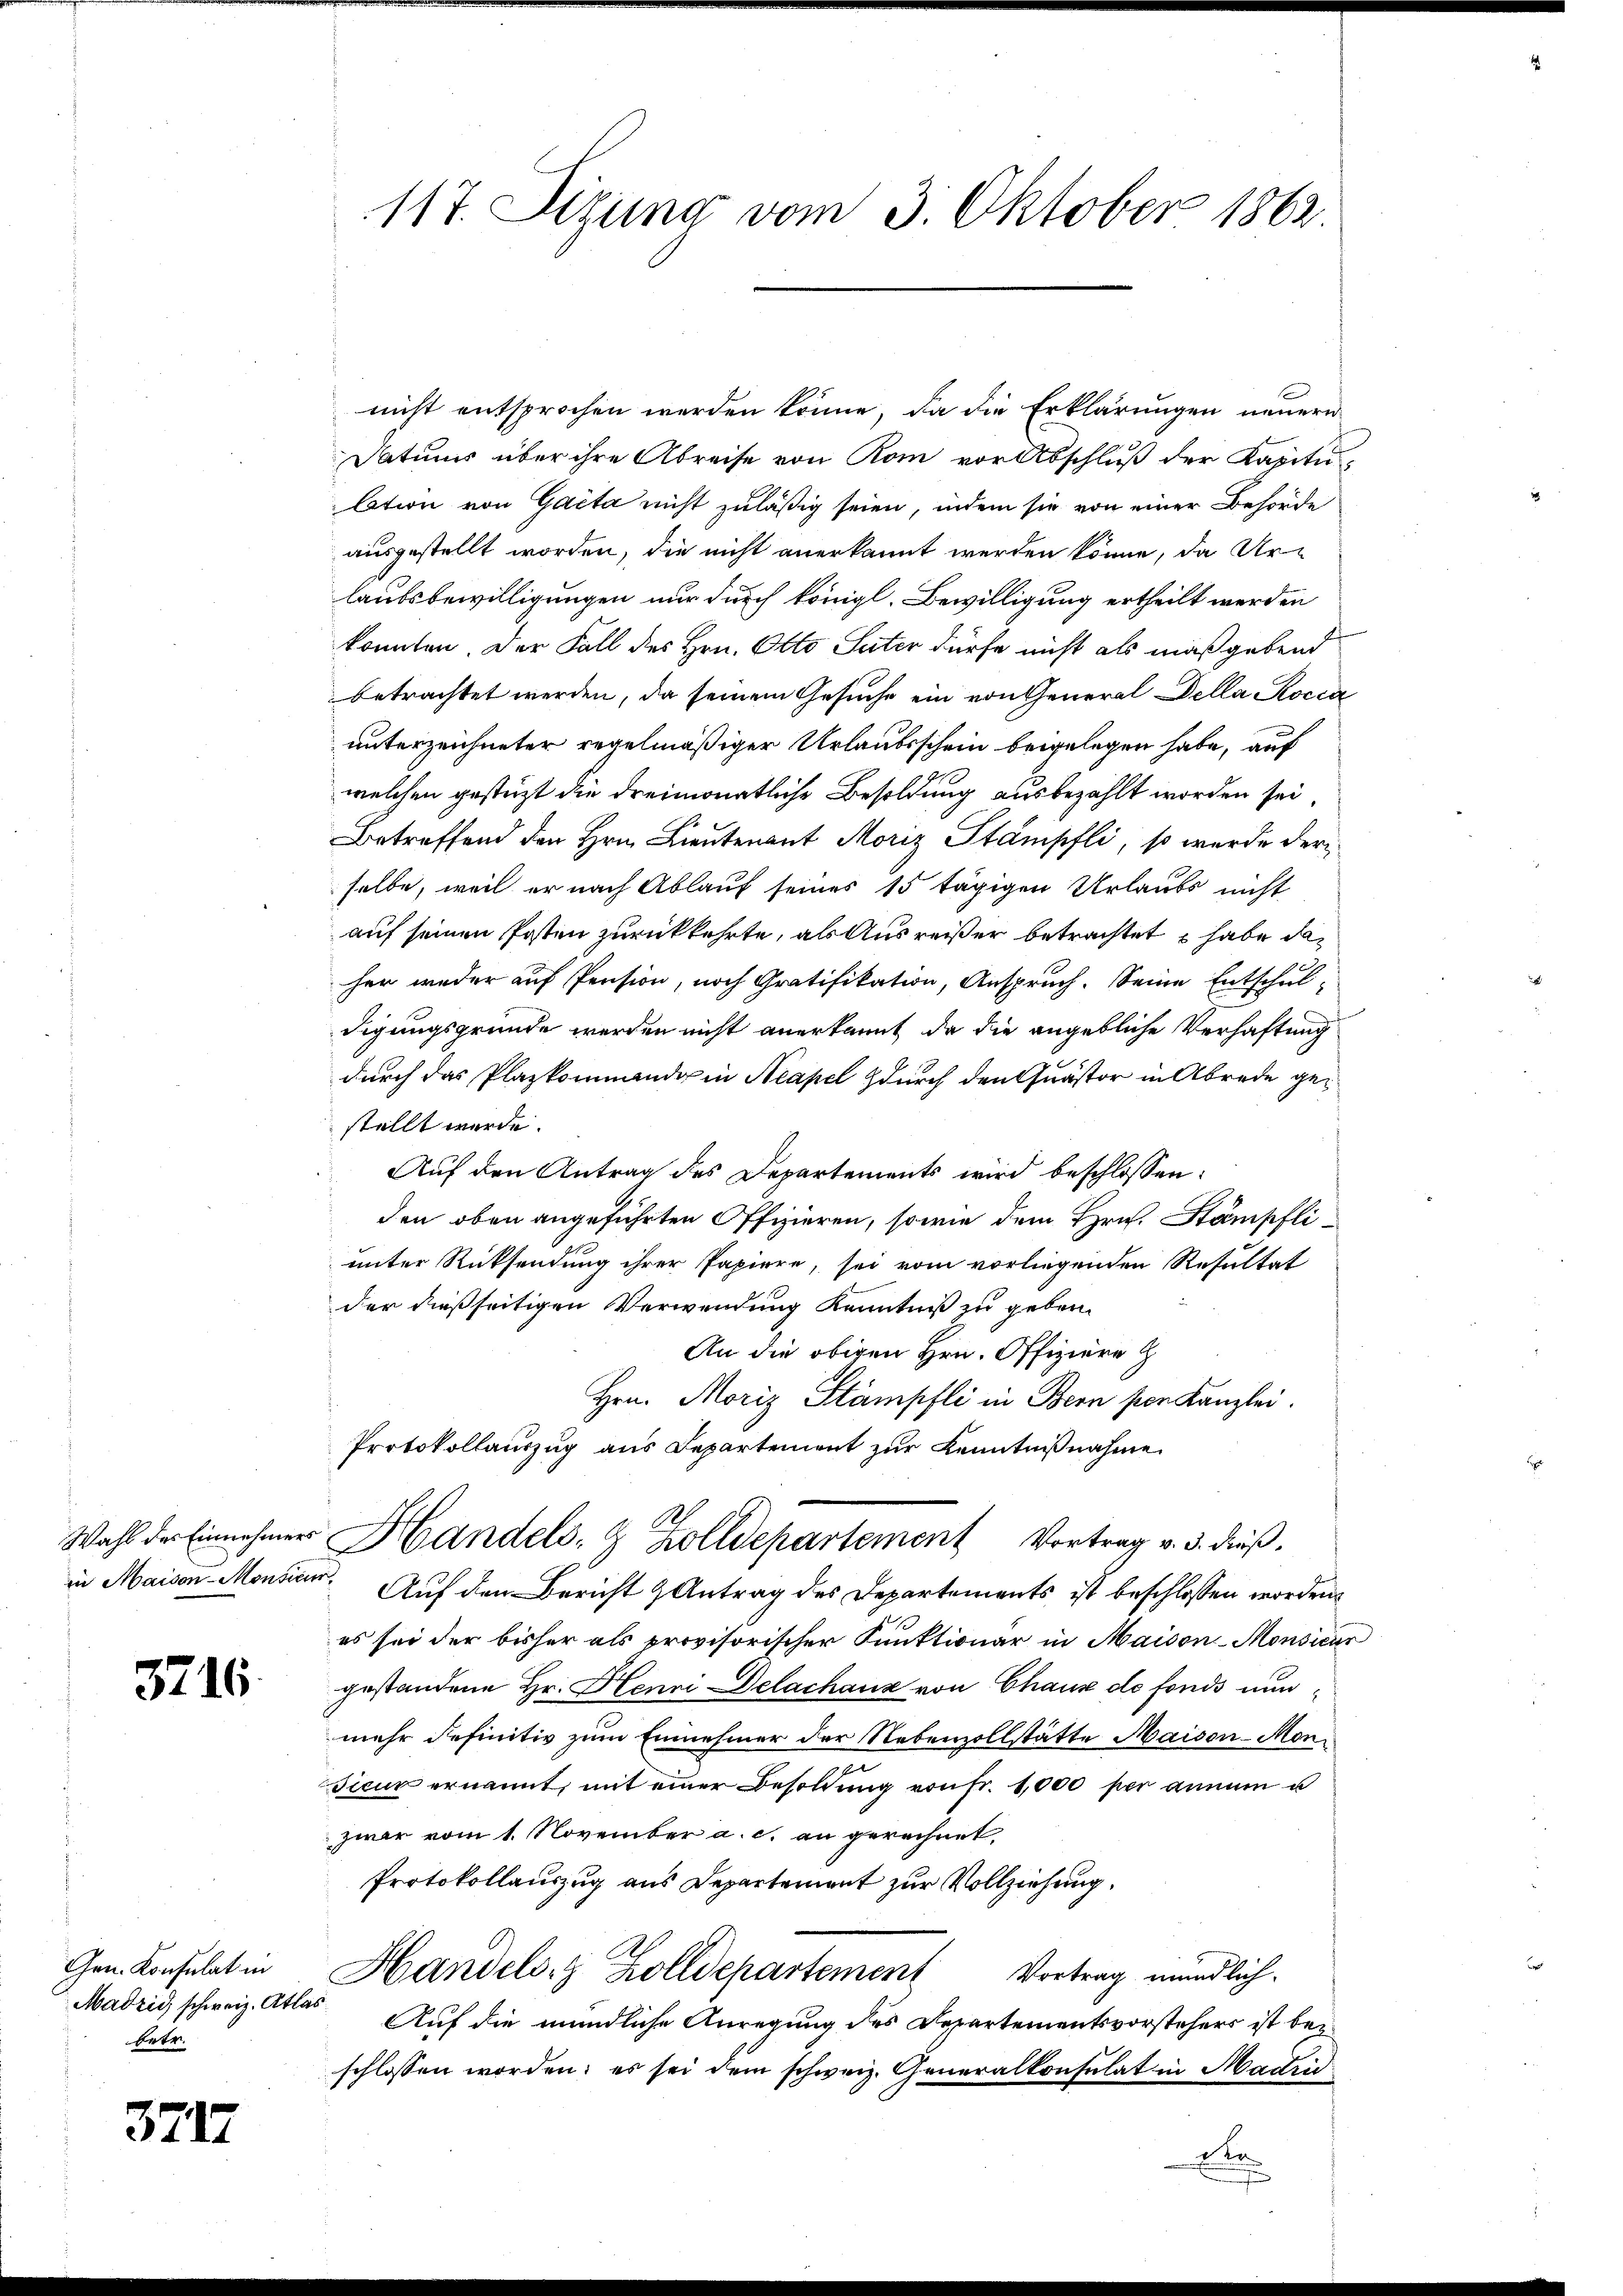
3716.

Gen. Konsulat in
Madrid schweiz. Atlas
betr.

371

nicht entsprochen werden könne, da die Erklärungen neuern
Datums über ihre Abreise von Rom vor Abschluß der Kapitu¬
Ation von Gacta nicht zuläßig seien, indem sie von einer Behörde
ausgestellt worden, die nicht anerkannt werden könne, da Ur-
laubsbewilligungen nur durch königl. Bewilligung ertheilt werden
konnten. Der Fall des Hrn. Otto Seiter dürfe nicht als maßgebend
betrachtet werden, da seinem Gesuche ein von General Della Rocca
unterzeichneter regelmäßiger Urlaubsschein beigelegen habe, auf
welchen gestüzt die dreimonatliche Besoldung ausbezahlt worden sei,
Betreffend den Hrn. Lieutenant Moriz Stampfli, so wurde derselbe, weil er nach Ablauf seines 15 tägigen Urlaubs nicht
auf seinen Posten zurückkehrte, als Ausreißer betrachtet habe daher weder auf Pension, noch Gratifikation, Anspruch. Seine Entschul-
digungsgründe werden nicht anerkannt, da die angebliche Verhaftung
durch das Plazkommando in Neapel durch den Quästor in Abrede gestellt wurde.
Auf den Antrag des Departements wird beschlossen:
den oben angeführten Offizieren, sowie dem Hrn. Stämpfli
unter Rücksendung ihrer Papiere, sei vom vorliegenden Resultat
der dießseitigen Verwendung Kenntniß zu geben.
An die obigen Hrn. Offiziere Z
Hrn. Moriz Stämpfli in Bern von Kanzlei.
Protokollauszug aus Departement zur Kenntnißnahme.
Wahl der Einnehmer Handels- & Zolldepartement Vortrag v. 3. dieß.
in Maisen-Monsiden. Auf den Bericht & Antrag des Departements ist beschlossen worden
es sei der bisher als provisorischer Punktionär in Maison-Monsieur
gestandene Hr. Henni Delachanz von Chaux de fonds nunmehr definitiv zum Einnehmer der Nebenzollstätte Maisen-Monsicur ernannt, mit einer Besoldung von Fr. 1000 per annum u
zwar vom 1. November a. c. an gerechnet,
Protokollauszug aus Departement zur Vollziehung,
Handels. Zolldepartement Vortrag mündlich.
Auf die mündliche Anregung des Departementsvorstehers ist bei
schlossen worden; es sei dem schweiz. Generalkonsulat in Madri
Re

117. Sigung vom 3. Oktober 1862.